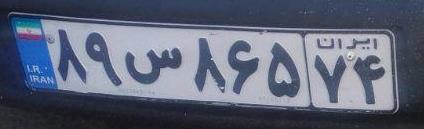
۸۹س۸۶۵۷۴